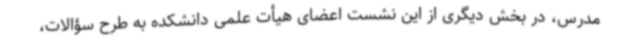
مدرس، در بخش دیگری از این نشست اعضای هیأت علمی دانشکده به طرح سؤالات،